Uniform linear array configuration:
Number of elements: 12
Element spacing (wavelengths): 1
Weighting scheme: uniform
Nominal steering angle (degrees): -15
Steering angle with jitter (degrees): -13.937
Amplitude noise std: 0.05
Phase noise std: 0.05

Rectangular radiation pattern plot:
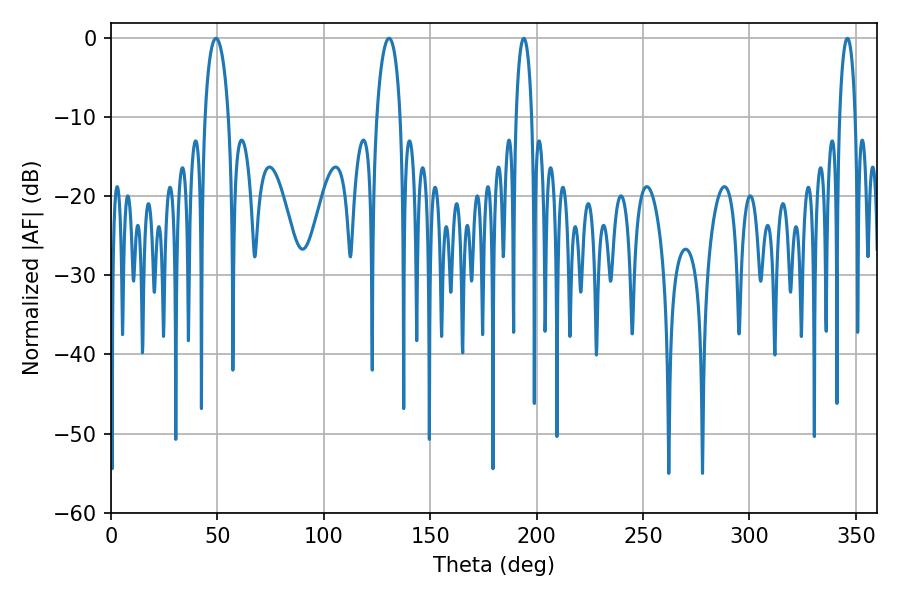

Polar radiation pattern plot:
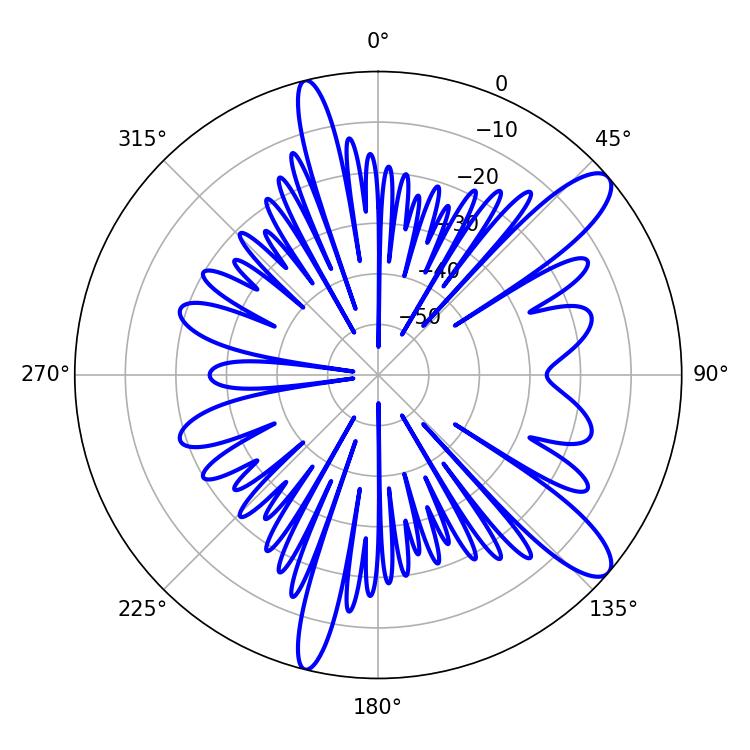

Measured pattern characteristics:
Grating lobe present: TRUE
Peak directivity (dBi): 11.231
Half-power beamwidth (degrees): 6.3
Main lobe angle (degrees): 49.32